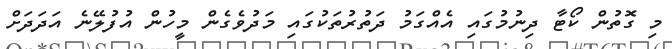
މި ގޮތުން ކޯޓާ ދިނުމުގައި އެއްގަމު ދަތުރުތަކުގައި މަދުވެގެން މީހުން އުފުލޭނެ އަދަަދަށް